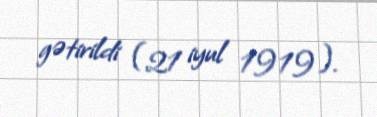
gətirildi (21 iyul 1919).